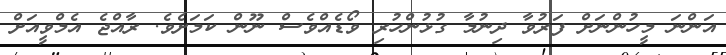
އަންނަ މީހުންނަށް ފަރުވާ ދިނުމާ ގުޅުންހުރި ވޯޑެއްވެސް ނޫން ކަމަށެވެ. ރާއްޖެ އެމްވީއަށް